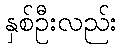
နှစ်ဦးလည်း